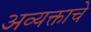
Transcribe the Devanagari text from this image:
अव्यक्ताचे